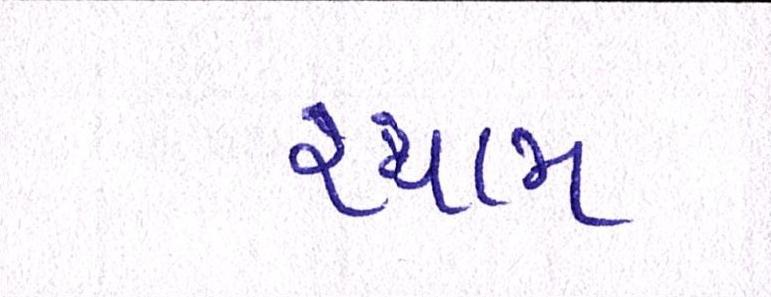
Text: શ્યામ